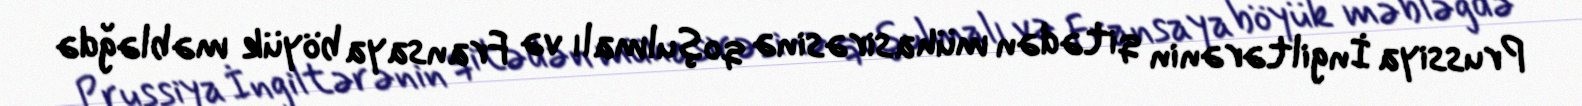
Prussiya İngiltərənin qitədən mühasirəsinə qoşulmalı və Fransaya böyük məbləğdə